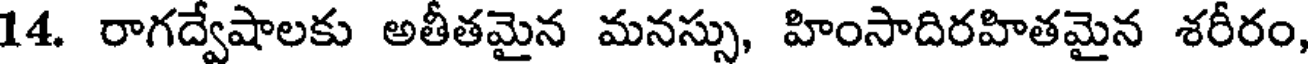
14. రాగద్వేషాలకు అతీతమైన మనస్సు, హింసాదిరహితమైన శరీరం,